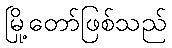
မြို့တော်ဖြစ်သည်